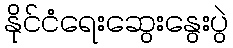
နိုင်ငံရေးဆွေးနွေးပွဲ